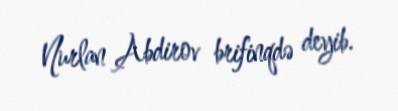
Nurlan Abdirov brifinqdə deyib.